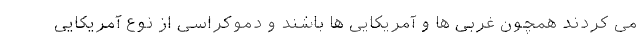
می کردند همچون غربی ها و آمریکایی ها باشند و دموکراسی از نوع آمریکایی